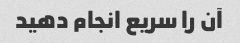
آن را سریع انجام دهید